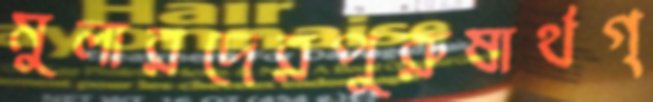
মুলারদেরপুরুষার্থগ্